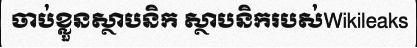
ចាប់ខ្លួនស្ថាបនិក ស្ថាបនិករបស់Wikileaks